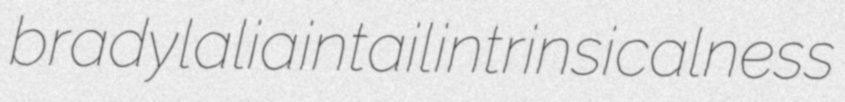
bradylalia intail intrinsicalness